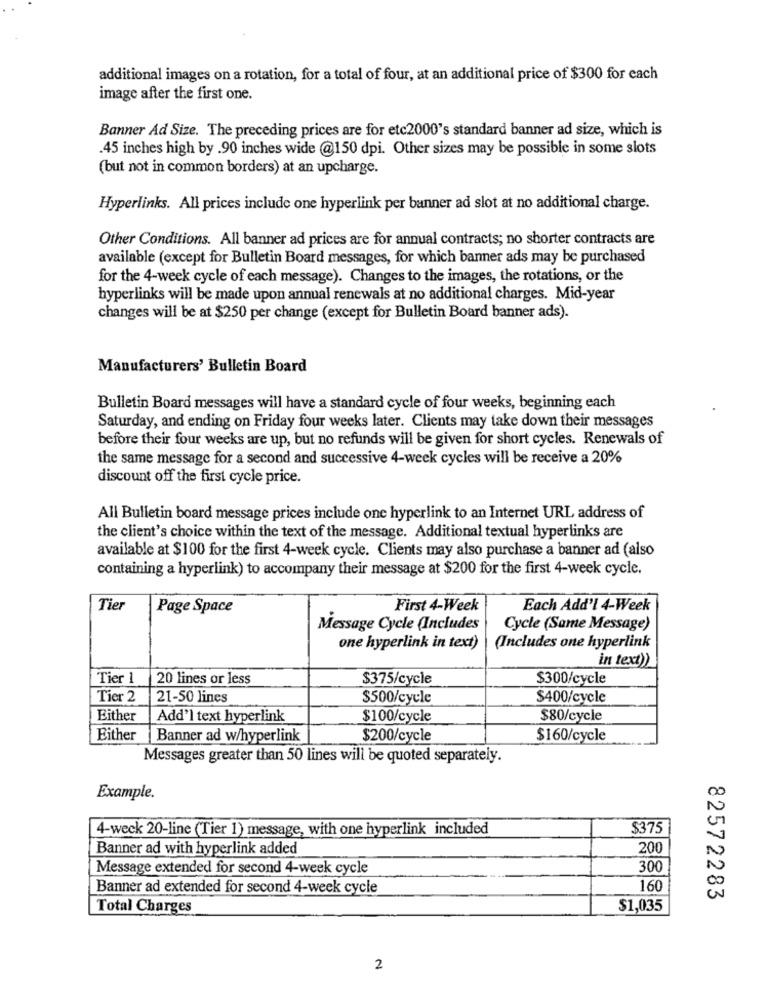
additional images on a rotation, for a total of four, at an additional price of $300 for each
image after the first one.
Banner Ad Size. The preceding prices are for etc2000's standard banner ad size, which is
.45 inches high by .90 inches wide @150 dpi. Other sizes may be possible in some slots
(but not in common borders) at an upcharge.
Hyperlinks. All prices include one hyperlink per banner ad slot at no additional charge.
Other Conditions. All banner ad prices are for annual contracts; no shorter contracts are
available (except for Bulletin Board messages, for which banner ads may be purchased
for the 4-week cycle of each message). Changes to the images, the rotations, or the
hyperlinks will be made upon annual renewals at no additional charges. Mid-year
changes will be at $250 per change (except for Bulletin Board banner ads).
Manufacturers' Bulletin Board
Bulletin Board messages will have a standard cycle of four weeks, beginning each
Saturday, and ending on Friday four weeks later. Clients may take down their messages
before their four weeks are up, but no refunds will be given for short cycles. Renewals of
the same message for a second and successive 4-week cycles will be receive a 20%
discount off the first cycle price.
All Bulletin board message prices include one hyperlink to an Internet URL address of
the client's choice within the text of the message. Additional textual hyperlinks are
available at $100 for the first 4-week cycle. Clients may also purchase a banner ad (also
containing a hyperlink) to accompany their message at $200 for the first 4-week cycle.
Tier
Page Space
First 4-Week
Each Add'l 4-Week
Message Cycle (Includes
Cycle (Same Message)
one hyperlink in text)
(Includes one hyperlink
in text))
Tier 1
20 lines or less
$375/cycle
$300/cycle
Tier 2
21-50 lines
$500/cycle
$400/cycle
Either
Add'l text hyperlink
$100/cycle
$80/cycle
Either
Banner ad w/hyperlink
$200/cycle
$160/cycle
Messages greater than 50 lines will be quoted separately.
00
Example.
U
4-weck 20-line (Tier 1) message, with one hyperlink included
$375
Banner ad with hyperlink added
200
N
Message extended for second 4-week cycle
300
Banner ad extended for second 4-week cycle
160
82572283
Total Charges
$1,035
2